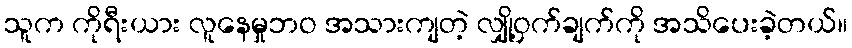
သူက ကိုရီးယား လူနေမှုဘဝ အသားကျတဲ့ လျှို့ဝှက်ချက်ကို အသိပေးခဲ့တယ်။